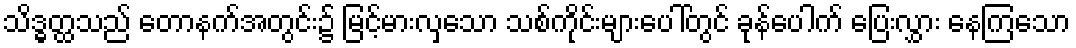
သိဒ္ဓတ္ထသည် တောနက်အတွင်း၌ မြင့်မားလှသော သစ်ကိုင်းများပေါ်တွင် ခုန်ပေါက် ပြေးလွှား နေကြသော